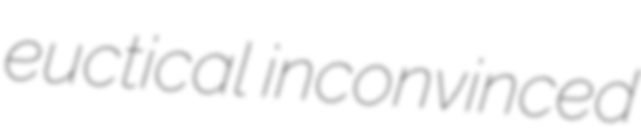
euctical inconvinced